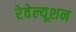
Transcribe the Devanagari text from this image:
रेवेल्यूशन